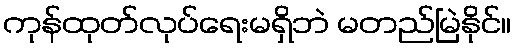
ကုန်ထုတ်လုပ်ရေးမရှိဘဲ မတည်မြဲနိုင်။